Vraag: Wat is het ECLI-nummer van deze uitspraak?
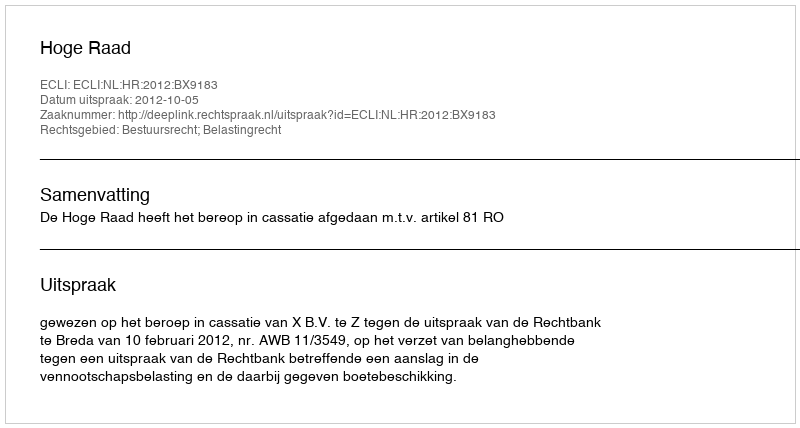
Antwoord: ECLI:NL:HR:2012:BX9183